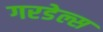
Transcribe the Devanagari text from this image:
गरडेल्स